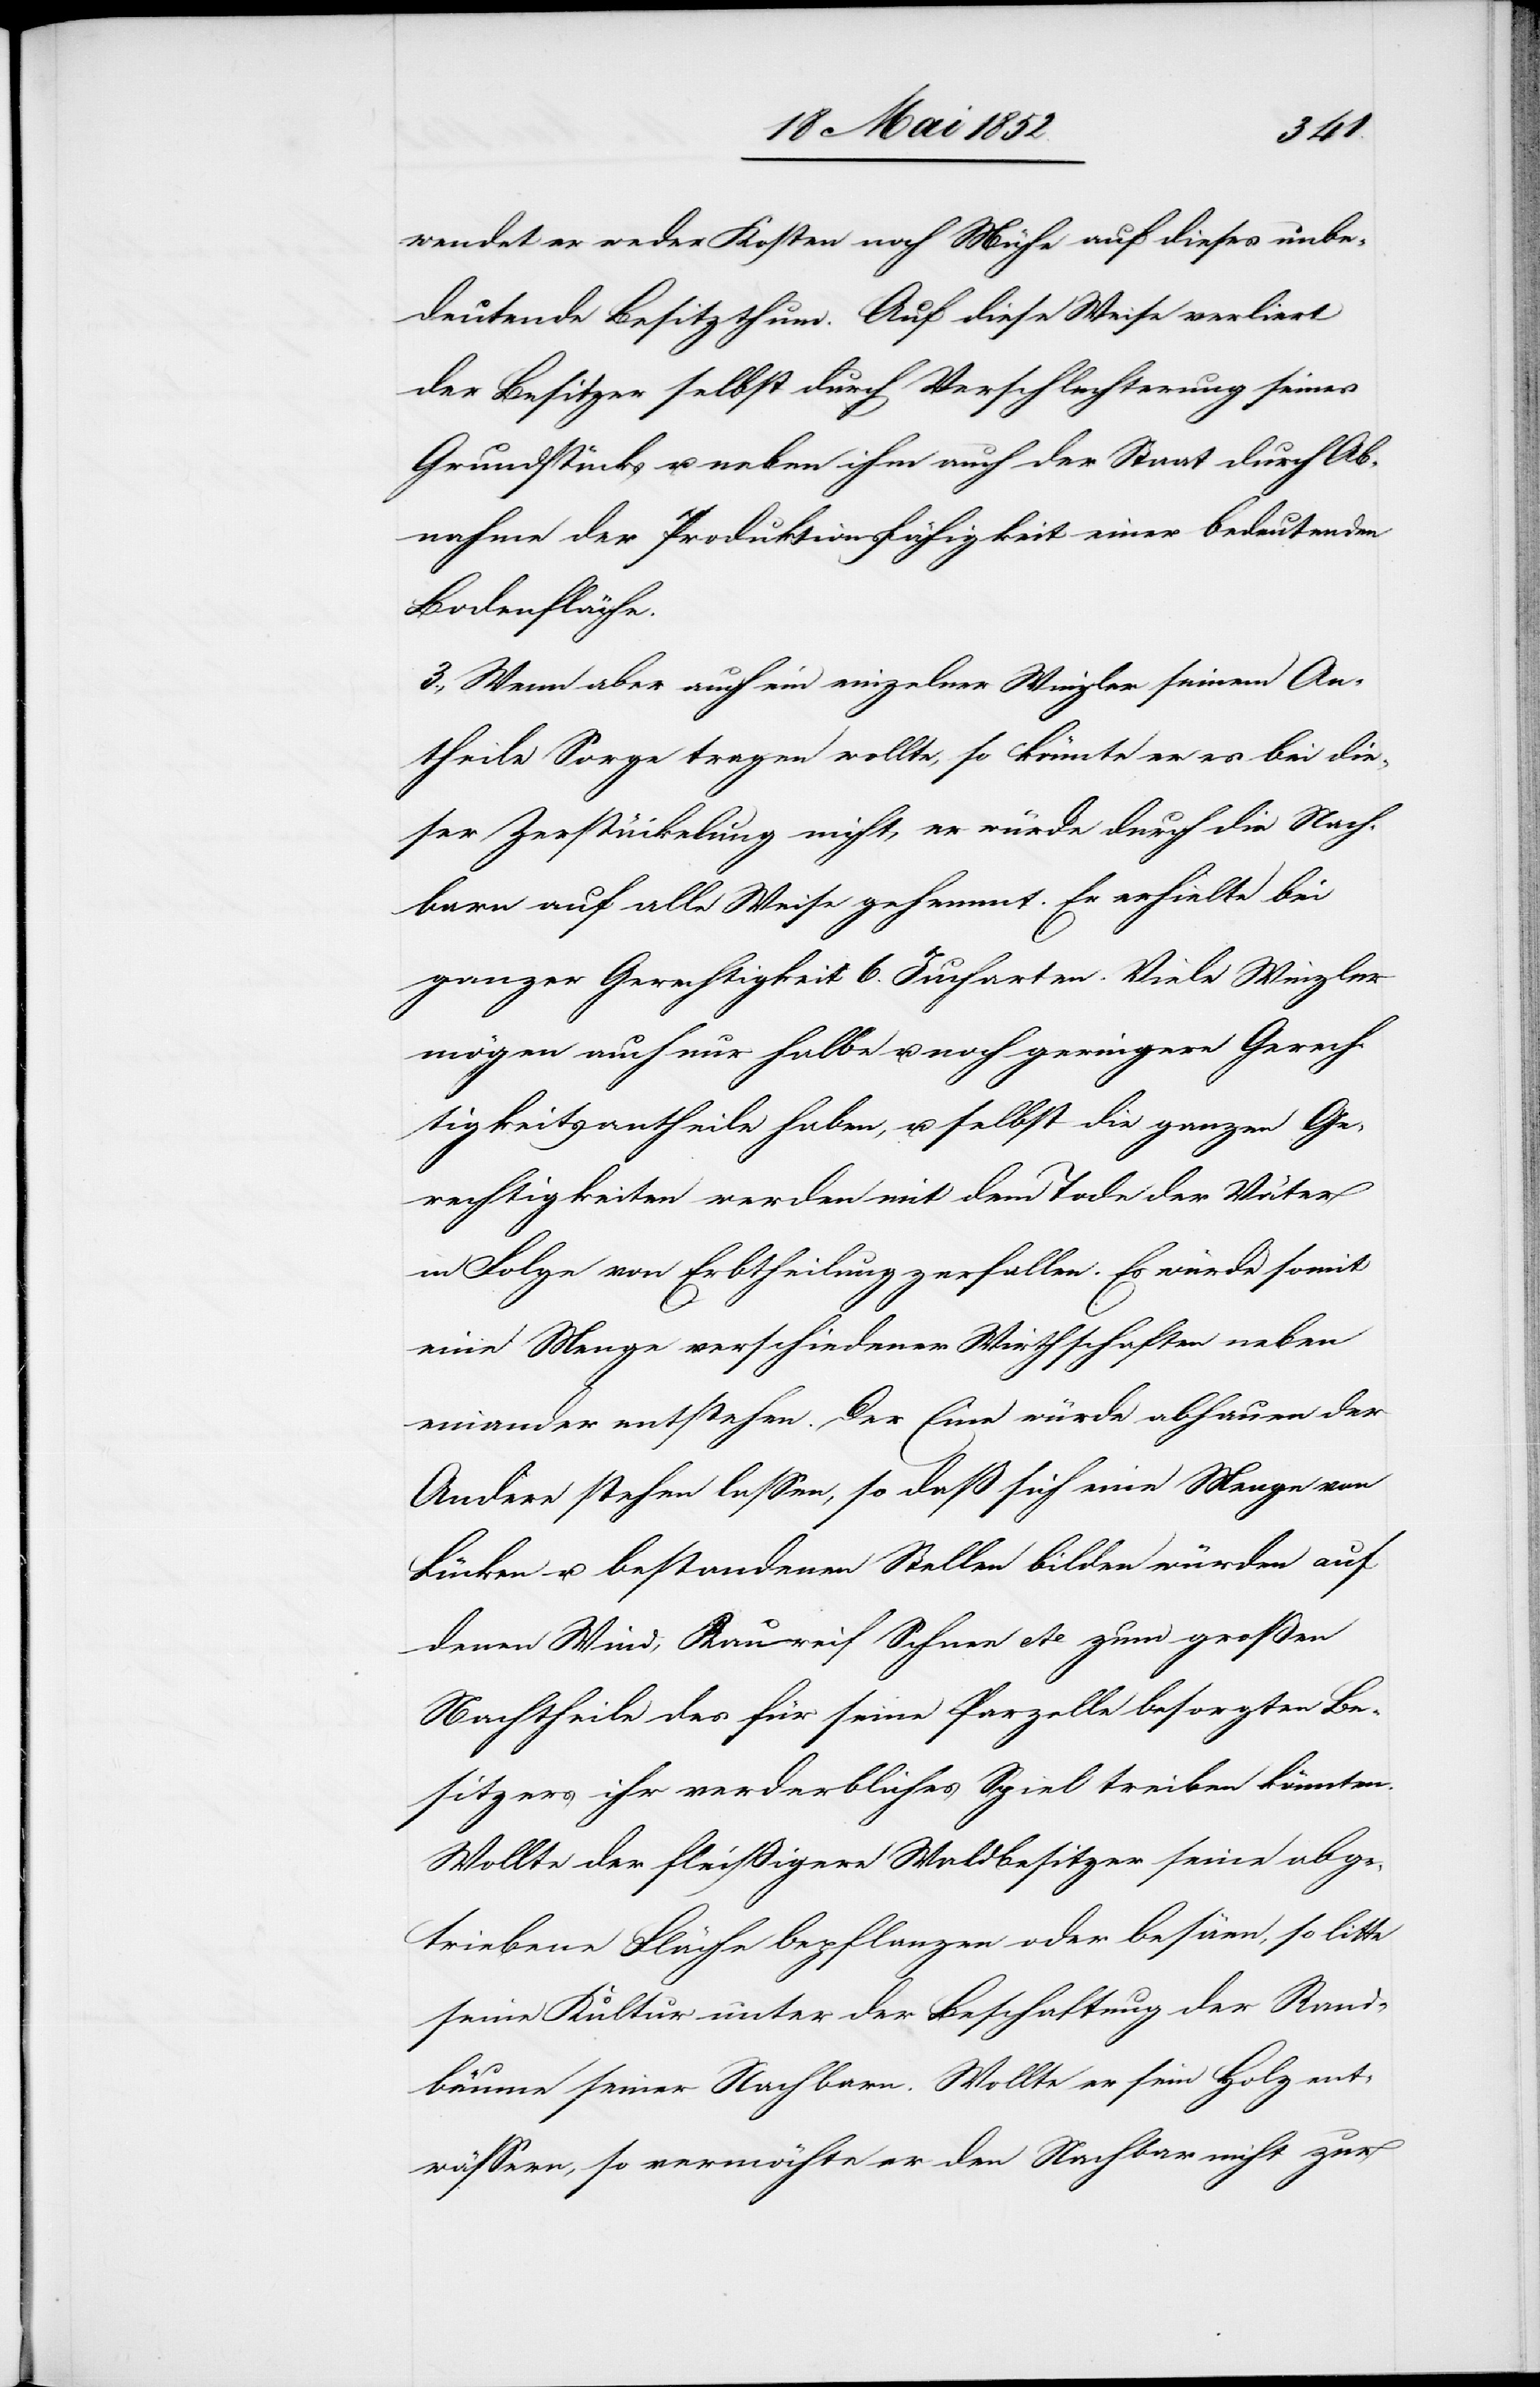
wendet er weder Kosten noch Mühe auf dieses unbe¬
deutende Besitzthum. Auf diese Weise verliert
der Besitzer selbst durch Verschlechterung seines
Grundstücks u. neben ihm auch der Staat durch Ab¬
nahme der Produktionsfähigkeit einer bedeutenden
Bodenfläche.
3., Wenn aber auch ein einzelner Winzler seinem An¬
theile Sorge tragen wollte, so könnte er es bei die¬
ser Zerstückelung nicht, er würde durch die Nach¬
barn auf alle Weise gehemmt. Er erhielte bei
ganzer Gerechtigkeit 6. Jucharten. Viele Winzler
mögen auch nur halbe u. noch geringere Gerech¬
tigkeitsantheile haben, u. selbst die ganzen Ge¬
rechtigkeiten werden mit dem Tode der Väter
in Folge von Erbtheilung zerfallen. Es würde somit
eine Menge verschiedener Wirthschaften neben
einander entstehen. Der Eine würde abhauen der
Andere stehen lassen, so daß sich eine Menge von
Lücken u. bestandenen Stellen bilden würden auf
denen Wind, Raureif[,] Schnee etc. zum großen
Nachtheile des für seine Parzelle besorgten Be¬
sitzers ihr verderbliches Spiel treiben könnten.
Wollte der fleissigere Waldbesitzer seine abge¬
triebene Fläche bepflanzen oder besäen, so litte
seine Kultur unter der Beschattung der Rand¬
bäume seiner Nachbarn. Wollte er sein Holz ent¬
wässern, so vermöchte er den Nachbar nicht zur